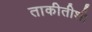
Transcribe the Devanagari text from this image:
ताकीतीशी